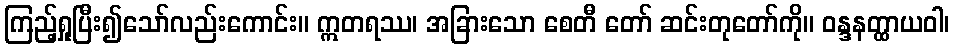
ကြည့်ရှုပြီး၍သော်လည်းကောင်း။ ဣတရဿ၊ အခြားသော စေတီ တော် ဆင်းတုတော်ကို။ ဝန္ဒနတ္ထာယဝါ၊